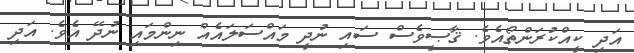
އަދި ކީއްކުރަންތޯއެވެ. ޤާޞީވެސް ސައި ނުދީ މައްސަލައެއް ނިންމައި ނުދޭ އެވެ. އަދި